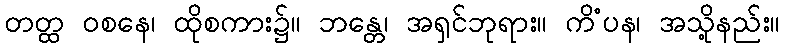
တတ္ထ ဝစနေ၊ ထိုစကား၌။ ဘန္တေ၊ အရှင်ဘုရား။ ကိံပန၊ အသို့နည်း။